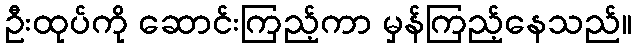
ဦးထုပ်ကို ဆောင်းကြည့်ကာ မှန်ကြည့်နေသည်။